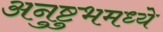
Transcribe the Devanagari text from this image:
अनुष्टुभमध्ये